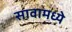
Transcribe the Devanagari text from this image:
सावामध्ये